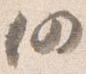
仍